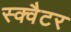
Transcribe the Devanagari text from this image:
स्क्वैटर